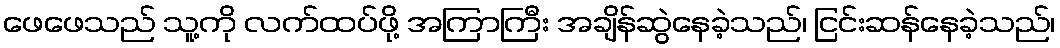
ဖေဖေသည် သူ့ကို လက်ထပ်ဖို့ အကြာကြီး အချိန်ဆွဲနေခဲ့သည်၊ ငြင်းဆန်နေခဲ့သည်၊